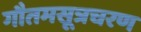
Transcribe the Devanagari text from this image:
गौतमसूत्रचरण